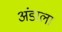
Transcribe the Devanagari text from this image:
अंडाला